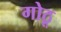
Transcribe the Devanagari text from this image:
गोठू